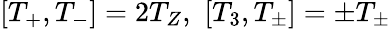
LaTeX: [T_{+},T_{-}]=2T_{Z},\, \, [T_{3},T_{\pm}]=\pm T_{\pm}